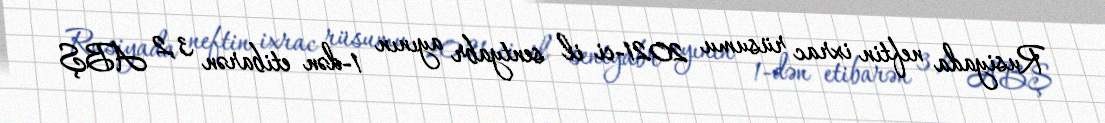
Rusiyada neftin ixrac rüsumu 2021-ci il sentyabr ayının 1-dən etibarən 3,2 ABŞ